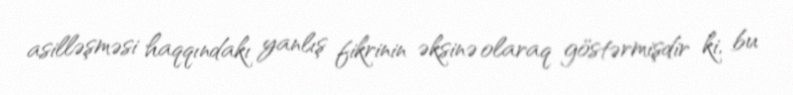
asilləşməsi haqqındakı yanlış fikrinin əksinə olaraq göstərmişdir ki, bu